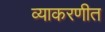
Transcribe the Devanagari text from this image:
व्याकरणीत